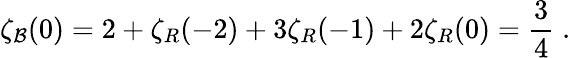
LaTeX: \zeta_{\cal B}(0)=2+\zeta_{R}(-2)+3\zeta_{R}(-1)+2\zeta_{R}(0)={\frac{3}{4}}\; .